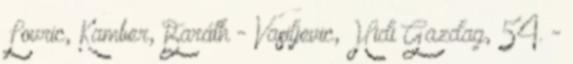
Lovric, Kamber, Baráth - Vasiljevic, Hidi Gazdag, 54. -